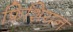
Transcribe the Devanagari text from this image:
फ्रिशियन